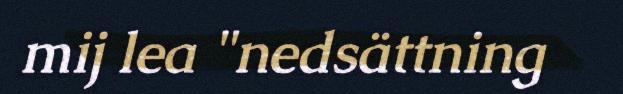
mij lea "nedsättning